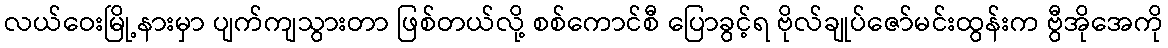
လယ်ဝေးမြို့နားမှာ ပျက်ကျသွားတာ ဖြစ်တယ်လို့ စစ်ကောင်စီ ပြောခွင့်ရ ဗိုလ်ချုပ်ဇော်မင်းထွန်းက ဗွီအိုအေကို